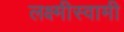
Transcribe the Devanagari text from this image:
लक्ष्मीस्वामी